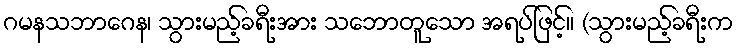
ဂမနသဘာဂေန၊ သွားမည့်ခရီးအား သဘောတူသော အရပ်ဖြင့်။ (သွားမည့်ခရီးက